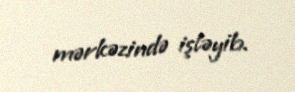
mərkəzində işləyib.